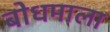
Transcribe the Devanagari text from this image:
बोधमाला